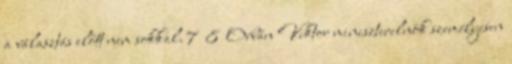
a választás előtt nem sokkal. 7 8 Orbán Viktor miniszterelnök személyesen